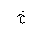
Letter: _kha